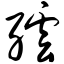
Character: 纭